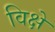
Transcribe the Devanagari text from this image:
विक्षे